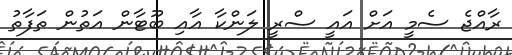
ރާއްޖެ ސެމީ އަށް އައީ ސްރީ ލަންކާ އާއި ބޫޓާން އަތުން ތަފާތު